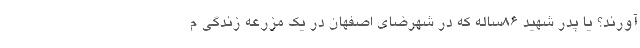
آورند؟ یا پدر شهید ۸۶ساله که در شهرضای اصفهان در یک مزرعه زندگی م